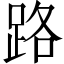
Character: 路